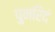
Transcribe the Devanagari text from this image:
पुनरिदं